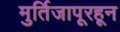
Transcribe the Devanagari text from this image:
मुर्तिजापूरहून